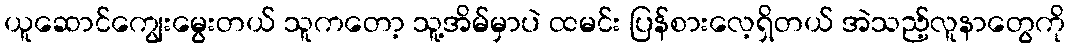
ယူဆောင်ကျွေးမွေးတယ် သူကတော့ သူ့အိမ်မှာပဲ ထမင်း ပြန်စားလေ့ရှိတယ် အဲသည့်လူနာတွေကို